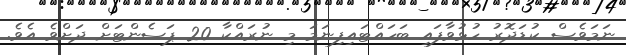
ނަމަވެސް ކުޑަދޮރު ހުޅުވާފައި ބަހައްޓައިފިނަމަ މި ނުރައްކާ 20 ޕަސެންޓަށް ދަށްވެ އެވެ.